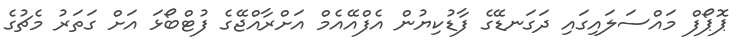
ޕޮޕޯފް މައްސަލައިގައި ދަގަނޑޭގެ ފާޑުކިޔުން އެފްއޭއެމް އަށްރާއްޖޭގެ ފުޓްބޯޅަ އަށް ގަތަރު މެޗުގެ